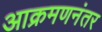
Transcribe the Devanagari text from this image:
आक्रमणनंतर